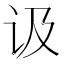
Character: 𲂅